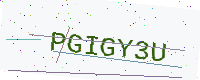
Text: PGIGY3U